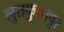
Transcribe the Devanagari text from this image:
लुतफुल्लापुर